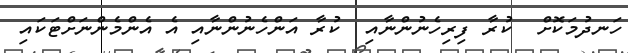
ހަނދުމަކޮށް  ކުރާ ފިރިހެނުންނާއި  ކުރާ އަންހެނުންނާއި އެ އެންމެންނަށްޓަކައި